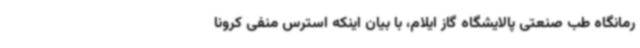
رمانگاه طب صنعتی پالایشگاه گاز ایلام، با بیان اینکه استرس منفی کرونا